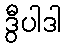
ဒွီပါဒါ